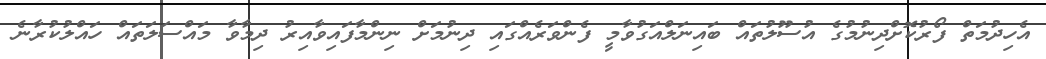
އެހިދުމަތް ފޯރުކޮށްދިނުމުގެ އުސޫލުތައް ބައިނަލްއަގުވާމީ ފެންވަރެއްގައި ދިނުމަށް ނިންމާފައިވާއިރު ދިމާވާ މައްސަލަތައް ހައްލުކުރާނެ